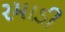
રમાડી